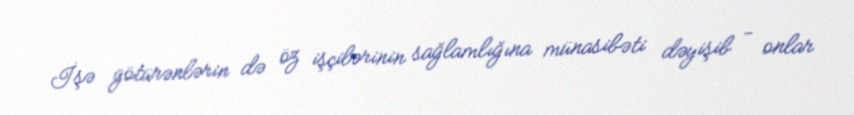
İşə götürənlərin də öz işçilərinin sağlamlığına münasibəti dəyişib - onlar